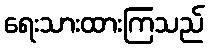
ရေးသားထားကြသည်